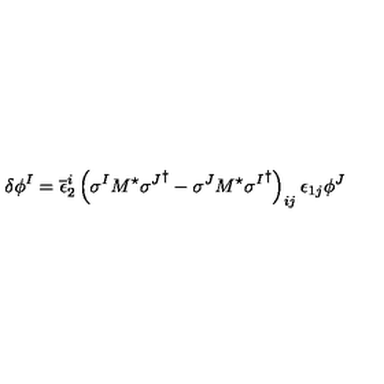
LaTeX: \delta \phi ^ { I } = \overline { { \epsilon } } _ { 2 } ^ { i } \left( \sigma ^ { I } M ^ { \star } { \sigma ^ { J } } ^ { \dagger } - \sigma ^ { J } M ^ { \star } { \sigma ^ { I } } ^ { \dagger } \right) _ { i j } \epsilon _ { 1 j } \phi ^ { J }